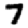
Digit: 7